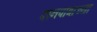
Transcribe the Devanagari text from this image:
दानपात्राच्या